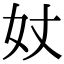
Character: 𡚹